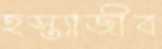
হস্ত্যাজীব